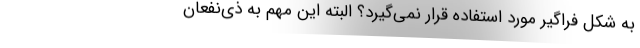
به شکل فراگیر مورد استفاده قرار نمی‌گیرد؟ البته این مهم به ذی‌نفعان